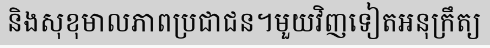
និងសុខុមាលភាពប្រជាជន។មួយវិញទៀតអនុក្រឹត្យ